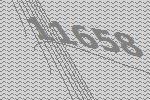
11658